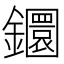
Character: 𨯬